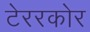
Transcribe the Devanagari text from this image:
टेररकोर